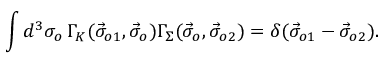
\int d ^ { 3 } \sigma _ { o } \, \Gamma _ { K } ( \vec { \sigma } _ { o 1 } , \vec { \sigma } _ { o } ) \Gamma _ { \Sigma } ( \vec { \sigma } _ { o } , \vec { \sigma } _ { o 2 } ) = \delta ( \vec { \sigma } _ { o 1 } - \vec { \sigma } _ { o 2 } ) .